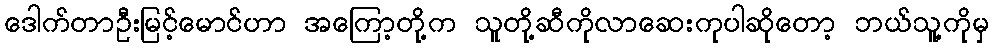
ဒေါက်တာဦးမြင့်မောင်ဟာ အကြော့တို့က သူတို့ဆီကိုလာဆေးကုပါဆိုတော့ ဘယ်သူ့ကိုမှ